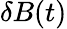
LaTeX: \delta B(t)